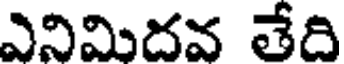
ఎనిమిదవ తేది